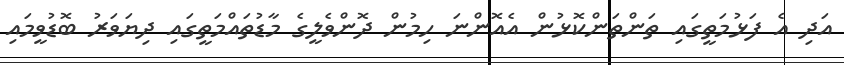
އަދި އެ ފަޅުމަތީގައި ތަންތަންކޮޅުން އެއޮންނަ ހިމުން ދޮންވެލީގެ މާޑުތައްމަތީގައި ދިޔަވަރު ބޮޑުވީމައި